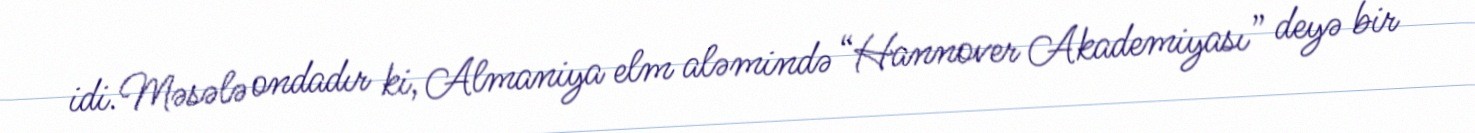
idi. Məsələ ondadır ki, Almaniya elm aləmində “Hannover Akademiyası” deyə bir